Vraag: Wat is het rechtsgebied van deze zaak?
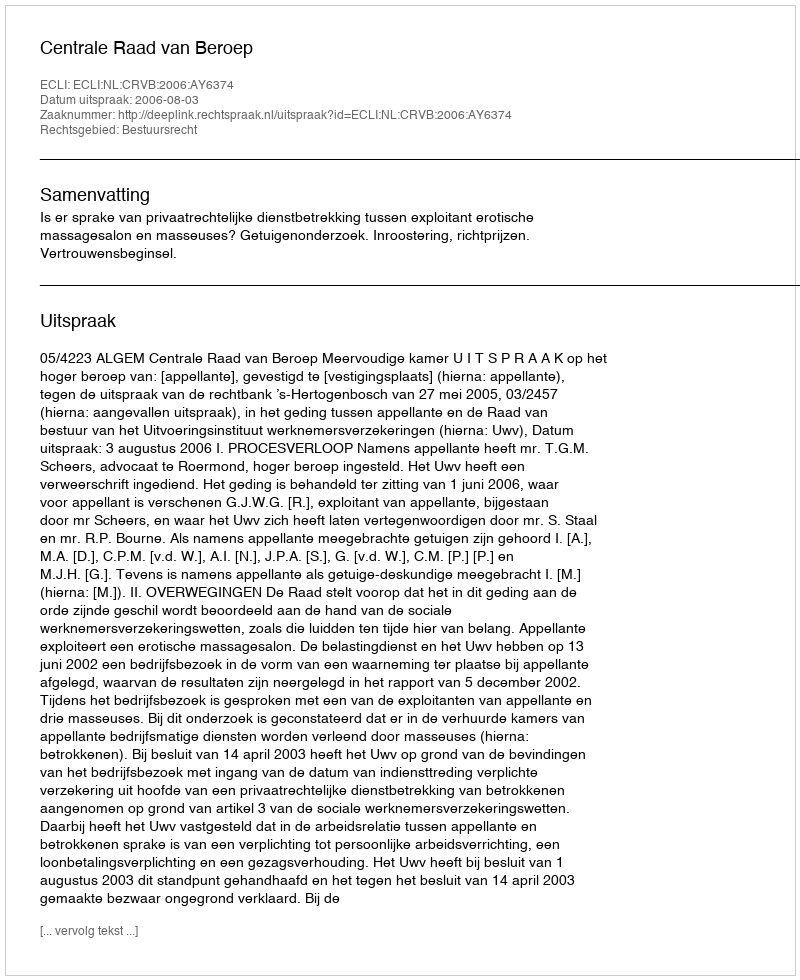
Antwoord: Bestuursrecht